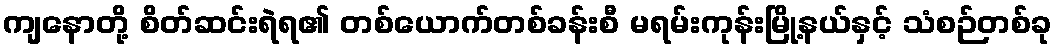
ကျနောတို့ စိတ်ဆင်းရဲရ၏ တစ်ယောက်တစ်ခန်းစီ မရမ်းကုန်းမြို့နယ်နှင့် သံစဉ်တစ်ခု